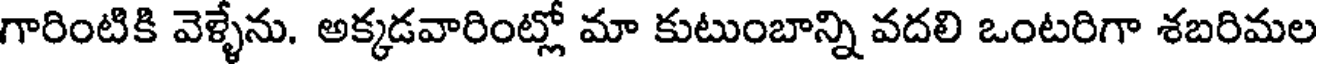
గారింటికి వెళ్ళేను. అక్కడవారింట్లో మా కుటుంబాన్ని వదలి ఒంటరిగా శబరిమల